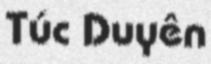
Túc Duyên